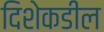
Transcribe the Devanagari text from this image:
दिशेकडील